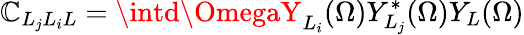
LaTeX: \mathbb{C}_{L_{j}L_{i}L}=\intd\OmegaY_{L_{i}}(\Omega)Y_{L_{j}}^{*}(\Omega)Y_{L}(\Omega)